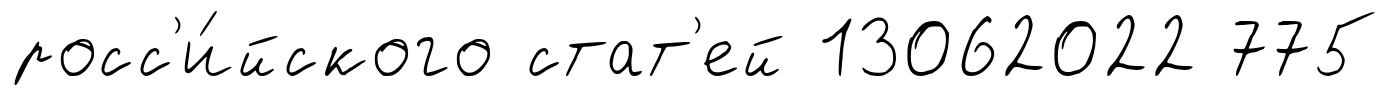
росс'и́йского стат'ей 13062022 775